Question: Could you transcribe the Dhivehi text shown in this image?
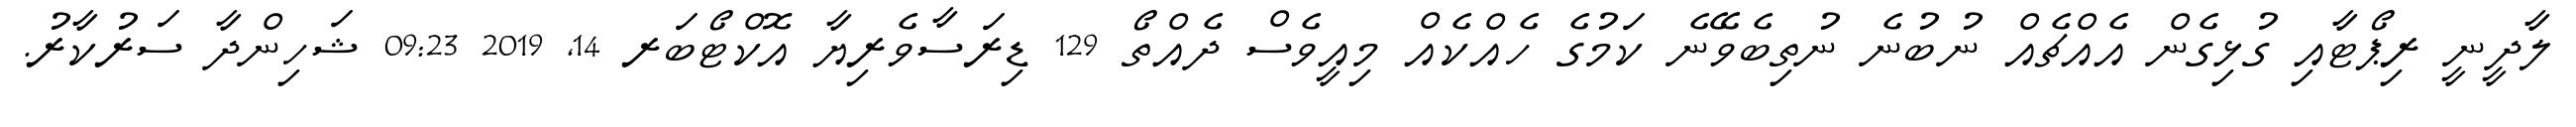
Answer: ލާދީނީ ރިޕޯޓާއި ގުޅިގެން އެއްޗެއް ނުބުނެ ނުތިބެވޭނެ ކަމުގެ ހެއްކެއް މިއީވެސް ދެއްތޯ 129 ޑިރަސާވެރިޔާ އޮކްޓޯބަރ 14, 2019 09:23 ޝަހިންދާ ސަރުކާރު.